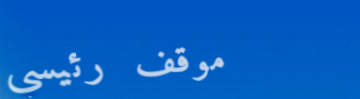
موقف رئيسي